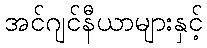
အင်ဂျင်နီယာများနှင့်